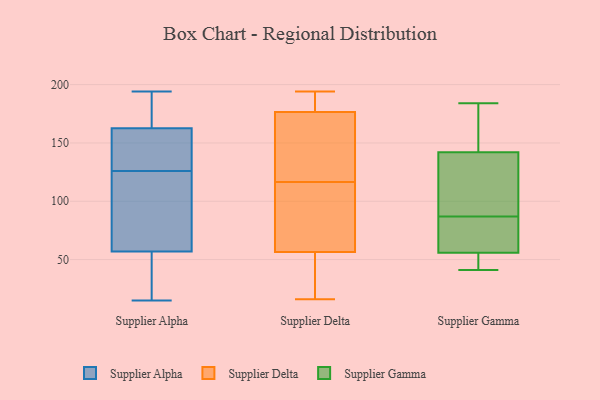
{"axis": {"x": "Budget (USD K)", "y": "Value"}, "legend": ["Supplier Alpha", "Supplier Delta", "Supplier Gamma"], "data": [{"x": "", "y": 88, "type": "Supplier Alpha"}, {"x": "", "y": 179, "type": "Supplier Alpha"}, {"x": "", "y": 43, "type": "Supplier Alpha"}, {"x": "", "y": 194, "type": "Supplier Alpha"}, {"x": "", "y": 166, "type": "Supplier Alpha"}, {"x": "", "y": 78, "type": "Supplier Alpha"}, {"x": "", "y": 194, "type": "Supplier Alpha"}, {"x": "", "y": 149, "type": "Supplier Alpha"}, {"x": "", "y": 19, "type": "Supplier Alpha"}, {"x": "", "y": 142, "type": "Supplier Alpha"}, {"x": "", "y": 162, "type": "Supplier Alpha"}, {"x": "", "y": 154, "type": "Supplier Alpha"}, {"x": "", "y": 52, "type": "Supplier Alpha"}, {"x": "", "y": 117, "type": "Supplier Alpha"}, {"x": "", "y": 15, "type": "Supplier Alpha"}, {"x": "", "y": 62, "type": "Supplier Alpha"}, {"x": "", "y": 16, "type": "Supplier Alpha"}, {"x": "", "y": 163, "type": "Supplier Alpha"}, {"x": "", "y": 91, "type": "Supplier Alpha"}, {"x": "", "y": 135, "type": "Supplier Alpha"}, {"x": "", "y": 105, "type": "Supplier Delta"}, {"x": "", "y": 193, "type": "Supplier Delta"}, {"x": "", "y": 108, "type": "Supplier Delta"}, {"x": "", "y": 181, "type": "Supplier Delta"}, {"x": "", "y": 114, "type": "Supplier Delta"}, {"x": "", "y": 16, "type": "Supplier Delta"}, {"x": "", "y": 122, "type": "Supplier Delta"}, {"x": "", "y": 23, "type": "Supplier Delta"}, {"x": "", "y": 119, "type": "Supplier Delta"}, {"x": "", "y": 46, "type": "Supplier Delta"}, {"x": "", "y": 173, "type": "Supplier Delta"}, {"x": "", "y": 23, "type": "Supplier Delta"}, {"x": "", "y": 67, "type": "Supplier Delta"}, {"x": "", "y": 174, "type": "Supplier Delta"}, {"x": "", "y": 69, "type": "Supplier Delta"}, {"x": "", "y": 194, "type": "Supplier Delta"}, {"x": "", "y": 134, "type": "Supplier Delta"}, {"x": "", "y": 179, "type": "Supplier Delta"}, {"x": "", "y": 188, "type": "Supplier Delta"}, {"x": "", "y": 23, "type": "Supplier Delta"}, {"x": "", "y": 121, "type": "Supplier Gamma"}, {"x": "", "y": 87, "type": "Supplier Gamma"}, {"x": "", "y": 55, "type": "Supplier Gamma"}, {"x": "", "y": 105, "type": "Supplier Gamma"}, {"x": "", "y": 174, "type": "Supplier Gamma"}, {"x": "", "y": 56, "type": "Supplier Gamma"}, {"x": "", "y": 136, "type": "Supplier Gamma"}, {"x": "", "y": 41, "type": "Supplier Gamma"}, {"x": "", "y": 52, "type": "Supplier Gamma"}, {"x": "", "y": 135, "type": "Supplier Gamma"}, {"x": "", "y": 57, "type": "Supplier Gamma"}, {"x": "", "y": 174, "type": "Supplier Gamma"}, {"x": "", "y": 56, "type": "Supplier Gamma"}, {"x": "", "y": 67, "type": "Supplier Gamma"}, {"x": "", "y": 160, "type": "Supplier Gamma"}, {"x": "", "y": 50, "type": "Supplier Gamma"}, {"x": "", "y": 184, "type": "Supplier Gamma"}]}